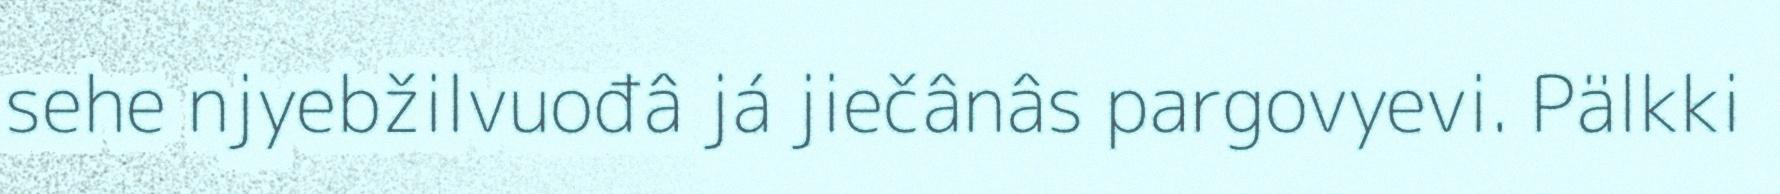
sehe njyebžilvuođâ já jiečânâs pargovyevi. Pälkki